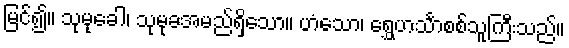
မြင်၍။ သုမုခေါ၊ သုမုခအမည်ရှိသော။ ဟံသော၊ ရွှေဟင်္သာစစ်သူကြီးသည်။